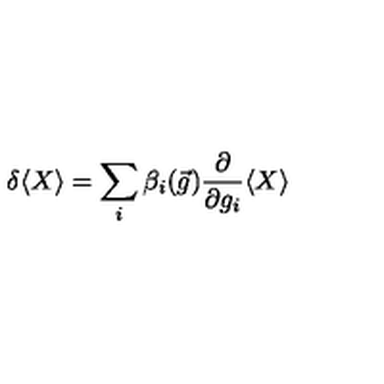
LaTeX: \delta \langle X \rangle = \sum _ { i } \beta _ { i } ( \vec { g } ) \frac { \partial } { \partial g _ { i } } \langle X \rangle